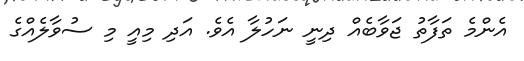
އެންމެ ތަފާތު ޖަވާބެއް ދިނީ ނަހުލާ އެވެ. އަދި މިއީ މި ސުވާލެއްގެ